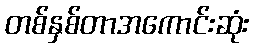
တစ်နှစ်တာအကောင်းဆုံး